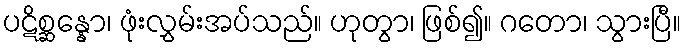
ပဋိစ္ဆန္နော၊ ဖုံးလွှမ်းအပ်သည်။ ဟုတွာ၊ ဖြစ်၍။ ဂတော၊ သွားပြီ။